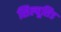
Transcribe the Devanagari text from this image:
सिल्यूसिड